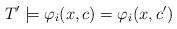
LaTeX: \begin{align*}T' \models \varphi_i(x,c)=\varphi_i(x,c')\end{align*}